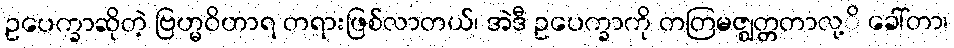
ဥပေက္ခာဆိုတဲ့ ဗြဟ္မဝိဟာရ တရားဖြစ်လာတယ်၊ အဲဒီ ဥပေက္ခာကို တတြမဇ္ဈတ္တတာလု့ိ ခေါ်တာ၊